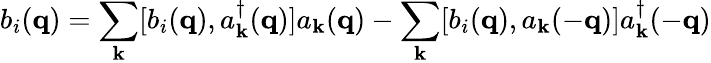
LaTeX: b_{i}({\mathbf{q}})=\sum_{{\mathbf{k}}}[b_{i}({\mathbf{q}}),a_{{\mathbf{k}}}^{\dagger}({\mathbf{q}})]a_{{\mathbf{k}}}({\mathbf{q}})-\sum_{{\mathbf{k}}}[b_{i}({\mathbf{q}}),a_{{\mathbf{k}}}(-{\mathbf{q}})]a_{{\mathbf{k}}}^{\dagger}(-{\mathbf{q}})